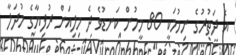
އެ ދަތުރުގެ ނިމުމަކީ 80 މީހުން ކަނޑުވެ ދެ މިލިއަން ރުފިޔާގެ މުދަލާ